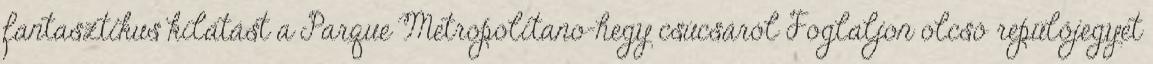
fantasztikus kilátást a Parque Metropolitano-hegy csúcsáról Foglaljon olcsó repülőjegyet